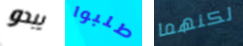
يبدو طلبوا لكنهما